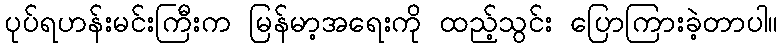
ပုပ်ရဟန်းမင်းကြီးက မြန်မာ့အရေးကို ထည့်သွင်း ပြောကြားခဲ့တာပါ။